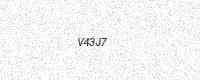
Text: V43J7